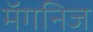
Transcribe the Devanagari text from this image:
मॅगनिज